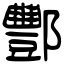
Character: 酆